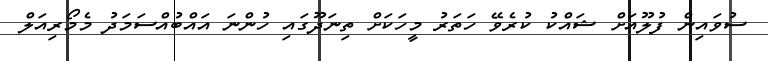
ސުވައިން ފުލޫއަށް ޝައްކު ކުރެވޭ ހަތަރު މީހަކަށް ތިނަދޫގައި ހުންނަ އައްބުއްސަމަދު މެމޯރިއަލް